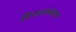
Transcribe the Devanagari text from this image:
विश्वासवाद